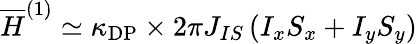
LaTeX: \overline{{H}}^{(1)}\simeq\kappa_{\mathrm{DP}}\times 2\pi J_{IS}\left(I_{x}S_{x}+I_{y}S_{y}\right)